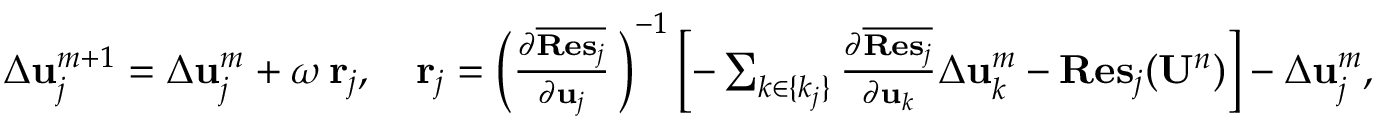
\begin{array} { r } { \Delta { \bf u } _ { j } ^ { m + 1 } = \Delta { \bf u } _ { j } ^ { m } + \omega \, { \bf r } _ { j } , \quad { \bf r } _ { j } = \left( \frac { \partial \overline { { { \bf { R e s } } _ { j } } } } { \partial { \bf u } _ { j } } \, \right) ^ { - 1 } \left[ - \sum _ { k \in \{ k _ { j } \} } \frac { \partial \overline { { { \bf { R e s } } _ { j } } } } { \partial { \bf u } _ { k } } \Delta { \bf u } _ { k } ^ { m } - { \bf R e s } _ { j } ( { \bf U } ^ { n } ) \right] - \Delta { \bf u } _ { j } ^ { m } , } \end{array}